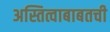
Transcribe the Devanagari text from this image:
अस्तित्वाबाबतची